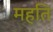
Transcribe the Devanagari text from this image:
महति